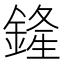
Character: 𨩰